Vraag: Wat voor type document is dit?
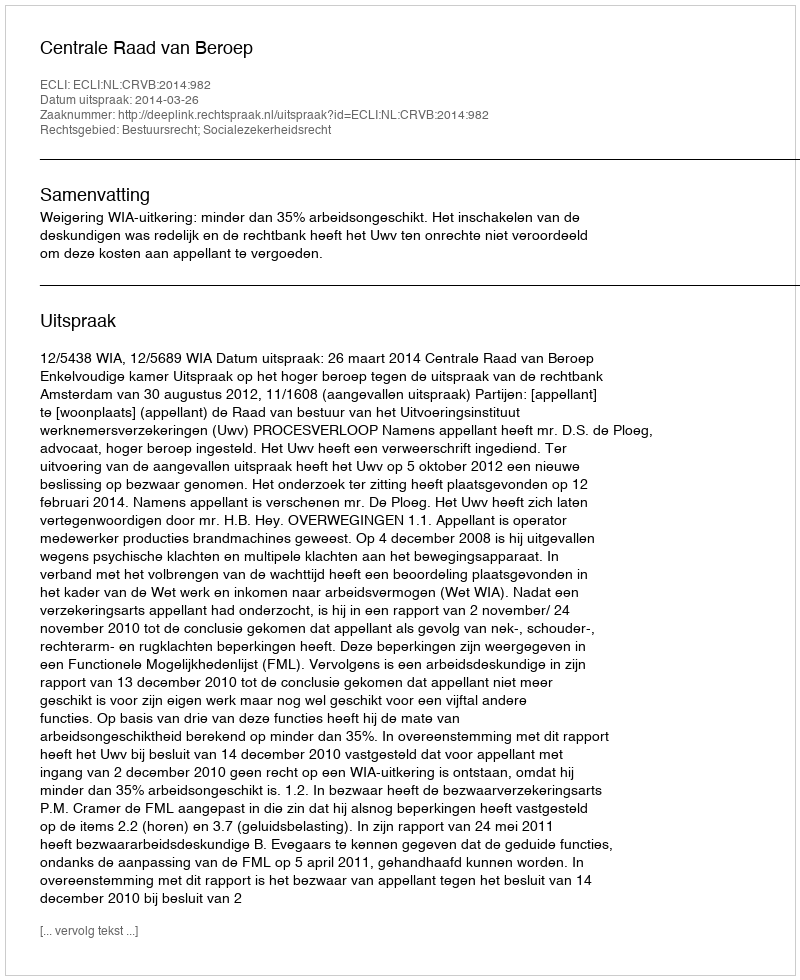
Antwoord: Uitspraak